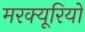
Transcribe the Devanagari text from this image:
मरक्यूरियो